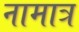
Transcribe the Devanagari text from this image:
नामात्र